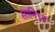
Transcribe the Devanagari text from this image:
सानिध्‍य